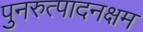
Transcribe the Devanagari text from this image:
पुनरुत्पादनक्षम